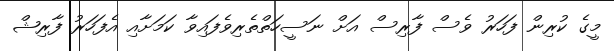
މީގެ ކުރިން ފަހަރު ވެސް ފާރިސް އަށް ނަސީހަތްތެރިވެފައިވާ ކަމަށާއި އެފަހަރު ފާރިޝް